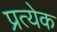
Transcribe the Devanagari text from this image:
प्रत्येेक